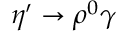
{ \eta } ^ { \prime } \to \rho ^ { 0 } \gamma